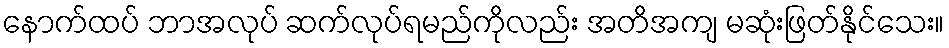
နောက်ထပ် ဘာအလုပ် ဆက်လုပ်ရမည်ကိုလည်း အတိအကျ မဆုံးဖြတ်နိုင်သေး။